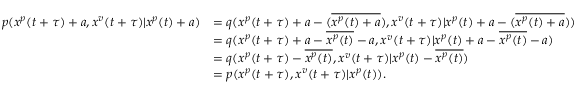
\begin{array} { r l } { p ( x ^ { p } ( t + \tau ) + a , x ^ { v } ( t + \tau ) | x ^ { p } ( t ) + a ) } & { = q ( x ^ { p } ( t + \tau ) + a - ( \overline { { x ^ { p } ( t ) + a } } ) , x ^ { v } ( t + \tau ) | x ^ { p } ( t ) + a - ( \overline { { x ^ { p } ( t ) + a } } ) ) } \\ & { = q ( x ^ { p } ( t + \tau ) + a - \overline { { x ^ { p } ( t ) } } - a , x ^ { v } ( t + \tau ) | x ^ { p } ( t ) + a - \overline { { x ^ { p } ( t ) } } - a ) } \\ & { = q ( x ^ { p } ( t + \tau ) - \overline { { x ^ { p } ( t ) } } , x ^ { v } ( t + \tau ) | x ^ { p } ( t ) - \overline { { x ^ { p } ( t ) } } ) } \\ & { = p ( x ^ { p } ( t + \tau ) , x ^ { v } ( t + \tau ) | x ^ { p } ( t ) ) . } \end{array}